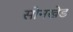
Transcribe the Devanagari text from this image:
सोनखेड